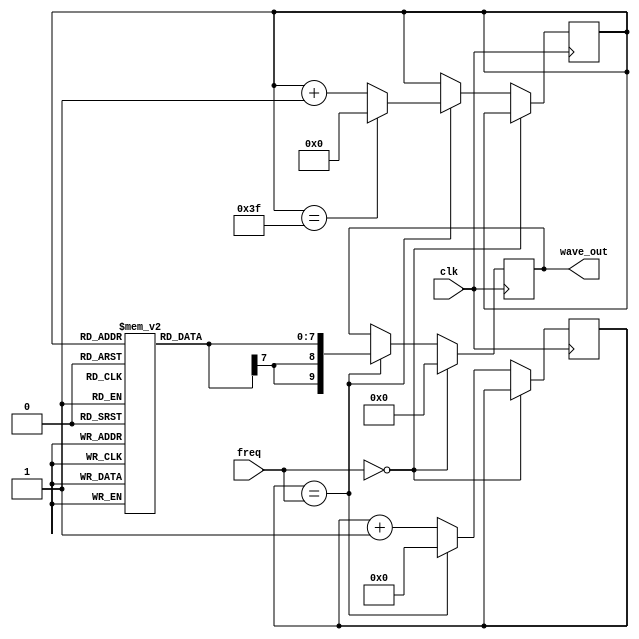
`timescale 1ns / 1ns

module wave_generator(
    input wire clk,
    input wire [15:0] freq,
    output reg signed [9:0] wave_out
);
    reg [5:0] i;
    reg signed [7:0] amplitude [0:63];
    reg [15:0] counter = 0;

    initial begin
        amplitude[0] = 0;
        amplitude[1] = 7;
        amplitude[2] = 13;
        amplitude[3] = 19;
        amplitude[4] = 25;
        amplitude[5] = 30;
        amplitude[6] = 35;
        amplitude[7] = 40;
        amplitude[8] = 45;
        amplitude[9] = 49;
        amplitude[10] = 52;
        amplitude[11] = 55;
        amplitude[12] = 58;
        amplitude[13] = 60;
        amplitude[14] = 62;
        amplitude[15] = 63;
        amplitude[16] = 63;
        amplitude[17] = 63;
        amplitude[18] = 62;
        amplitude[19] = 60;
        amplitude[20] = 58;
        amplitude[21] = 55;
        amplitude[22] = 52;
        amplitude[23] = 49;
        amplitude[24] = 45;
        amplitude[25] = 40;
        amplitude[26] = 35;
        amplitude[27] = 30;
        amplitude[28] = 25;
        amplitude[29] = 19;
        amplitude[30] = 13;
        amplitude[31] = 7;
        amplitude[32] = 0;
        amplitude[33] = -7;
        amplitude[34] = -13;
        amplitude[35] = -19;
        amplitude[36] = -25;
        amplitude[37] = -30;
        amplitude[38] = -35;
        amplitude[39] = -40;
        amplitude[40] = -45;
        amplitude[41] = -49;
        amplitude[42] = -52;
        amplitude[43] = -55;
        amplitude[44] = -58;
        amplitude[45] = -60;
        amplitude[46] = -62;
        amplitude[47] = -63;
        amplitude[48] = -63;
        amplitude[49] = -63;
        amplitude[50] = -62;
        amplitude[51] = -60;
        amplitude[52] = -58;
        amplitude[53] = -55;
        amplitude[54] = -52;
        amplitude[55] = -49;
        amplitude[56] = -45;
        amplitude[57] = -40;
        amplitude[58] = -35;
        amplitude[59] = -30;
        amplitude[60] = -25;
        amplitude[61] = -19;
        amplitude[62] = -13;
        amplitude[63] = -7;
    end

    always @ (posedge clk) begin
      if (freq == 0) wave_out <= 0;
      else
      if (counter == freq) begin
        counter <= 0;
        wave_out <= $signed(amplitude[i]);
        i <= i + 1;
        if (i == 63) i <= 0; else i <= i + 1;
      end else counter <= counter + 1;
    end
endmodule

module audio_output(
  input wire clk,
  output reg out
);
    wire signed [9:0] ch[0:4];
    wire signed [11:0] wave_sum;
    wire [11:0] positive_wave_sum;
    wire [15:0] freq_count [0:4];
    reg [9:0] PWM;
    reg [31:0] music_data [0:79];
    reg [31:0] music_data2 [0:79];
    reg [31:0] music_data3 [0:180];
    reg [31:0] play_counter;
    reg [15:0] note_counter = 0;
    reg [15:0] note_counter1 = 0;
    reg [31:0] note_data[0:1];
    reg [31:0] note_data2;
    wave_generator ch0(clk, freq_count[0], ch[0]);
    wave_generator ch1(clk, freq_count[1], ch[1]);
    wave_generator ch2(clk, freq_count[2], ch[2]);
    assign freq_count[0] = note_data[0][31:16];
    assign freq_count[1] = note_data[1][31:16];
    assign freq_count[2] = note_data2[31:16];
    assign wave_sum = ch[2] + ch[1] + ch[0];
    assign positive_wave_sum = wave_sum * 2 + 512;
    initial begin
    music_data[0] = 32'h0000010a;
    music_data[1] = 32'h1284010a;
    music_data[2] = 32'h1754010a;
    music_data[3] = 32'h18b7010a;
    music_data[4] = 32'h0ddf010a;
    music_data[5] = 32'h0d17010a;
    music_data[6] = 32'h14c80085;
    music_data[7] = 32'h0c5b0085;
    music_data[8] = 32'h14c80085;
    music_data[9] = 32'h00000085;
    music_data[10] = 32'h0c5b0085;
    music_data[11] = 32'h00000085;
    music_data[12] = 32'h0c5b0215;
    music_data[13] = 32'h0000010a;
    music_data[14] = 32'h0f91026e;
    music_data[15] = 32'h000000b1;
    music_data[16] = 32'h107f026e;
    music_data[17] = 32'h000000b1;
    music_data[18] = 32'h0f91026e;
    music_data[19] = 32'h00000137;
    music_data[20] = 32'h00000085;
    music_data[21] = 32'h00000085;
    music_data[22] = 32'h00000085;
    music_data[23] = 32'h00000085;
    music_data[24] = 32'h00000085;
    music_data[25] = 32'h0f91026e;
    music_data[26] = 32'h000000b1;
    music_data[27] = 32'h107f0215;
    music_data[28] = 32'h08bd010a;
    music_data[29] = 32'h0f91026e;
    music_data[30] = 32'h0000034c;
    music_data[31] = 32'h00000085;
    music_data[32] = 32'h117a026e;
    music_data[33] = 32'h000000b1;
    music_data[34] = 32'h0b02026e;
    music_data[35] = 32'h000000b1;
    music_data[36] = 32'h117a026e;
    music_data[37] = 32'h00000137;
    music_data[38] = 32'h00000085;
    music_data[39] = 32'h00000085;
    music_data[40] = 32'h00000085;
    music_data[41] = 32'h00000085;
    music_data[42] = 32'h00000085;
    music_data[43] = 32'h0a64026e;
    music_data[44] = 32'h000000b1;
    music_data[45] = 32'h0f910215;
    music_data[46] = 32'h0ddf010a;
    music_data[47] = 32'h0f91026e;
    music_data[48] = 32'h0000034c;
    music_data[49] = 32'h00000085;
    music_data[50] = 32'h0942026e;
    music_data[51] = 32'h000000b1;
    music_data[52] = 32'h07c8026e;
    music_data[53] = 32'h000000b1;
    music_data[54] = 32'h07c8026e;
    music_data[55] = 32'h000000b1;
    music_data[56] = 32'h0000010a;
    music_data[57] = 32'h00000085;
    music_data[58] = 32'h0000010a;
    music_data[59] = 32'h00000085;
    music_data[60] = 32'h08bd026e;
    music_data[61] = 32'h000000b1;
    music_data[62] = 32'h08bd026e;
    music_data[63] = 32'h000000b1;
    music_data[64] = 32'h0baa026e;
    music_data[65] = 32'h000000b1;
    music_data[66] = 32'h0000010a;
    music_data[67] = 32'h00000085;
    music_data[68] = 32'h0000010a;
    music_data[69] = 32'h00000085;
    music_data[70] = 32'h0942026e;
    music_data[71] = 32'h000000b1;
    music_data[72] = 32'h117a010a;
    music_data[73] = 32'h0c5b010a;
    music_data[74] = 32'h0c5b010a;
    music_data[75] = 32'h09420085;
    music_data[76] = 32'h0c5b0085;
    music_data[77] = 32'h0942018f;
    music_data[78] = 32'h117a0085;
    music_data[79] = 32'h1284031f;
    music_data2[0] = 32'h14c8010a;
    music_data2[1] = 32'h1605010a;
    music_data2[2] = 32'h107f010a;
    music_data2[3] = 32'h0f91010a;
    music_data2[4] = 32'h1754010a;
    music_data2[5] = 32'h1605010a;
    music_data2[6] = 32'h0c5b0085;
    music_data2[7] = 32'h14c80085;
    music_data2[8] = 32'h0c5b0085;
    music_data2[9] = 32'h00000085;
    music_data2[10] = 32'h12840085;
    music_data2[11] = 32'h00000085;
    music_data2[12] = 32'h117a0215;
    music_data2[13] = 32'h0f91010a;
    music_data2[14] = 32'h0942026e;
    music_data2[15] = 32'h000000b1;
    music_data2[16] = 32'h09cf026e;
    music_data2[17] = 32'h000000b1;
    music_data2[18] = 32'h0942026e;
    music_data2[19] = 32'h00000137;
    music_data2[20] = 32'h0f910085;
    music_data2[21] = 32'h0ddf0085;
    music_data2[22] = 32'h0c5b0085;
    music_data2[23] = 32'h0baa0085;
    music_data2[24] = 32'h0a640085;
    music_data2[25] = 32'h0942026e;
    music_data2[26] = 32'h000000b1;
    music_data2[27] = 32'h09cf0215;
    music_data2[28] = 32'h0ddf010a;
    music_data2[29] = 32'h0942026e;
    music_data2[30] = 32'h0000034c;
    music_data2[31] = 32'h0f910085;
    music_data2[32] = 32'h0a64026e;
    music_data2[33] = 32'h000000b1;
    music_data2[34] = 32'h1284026e;
    music_data2[35] = 32'h000000b1;
    music_data2[36] = 32'h0a64026e;
    music_data2[37] = 32'h00000137;
    music_data2[38] = 32'h0f910085;
    music_data2[39] = 32'h0ddf0085;
    music_data2[40] = 32'h0c5b0085;
    music_data2[41] = 32'h0baa0085;
    music_data2[42] = 32'h0b020085;
    music_data2[43] = 32'h117a026e;
    music_data2[44] = 32'h000000b1;
    music_data2[45] = 32'h18b70215;
    music_data2[46] = 32'h08bd010a;
    music_data2[47] = 32'h0942026e;
    music_data2[48] = 32'h0000034c;
    music_data2[49] = 32'h0f910085;
    music_data2[50] = 32'h07c8026e;
    music_data2[51] = 32'h000000b1;
    music_data2[52] = 32'h0a64026e;
    music_data2[53] = 32'h000000b1;
    music_data2[54] = 32'h0b02026e;
    music_data2[55] = 32'h000000b1;
    music_data2[56] = 32'h07c8010a;
    music_data2[57] = 32'h06ef0085;
    music_data2[58] = 32'h0000010a;
    music_data2[59] = 32'h07c80085;
    music_data2[60] = 32'h0a64026e;
    music_data2[61] = 32'h000000b1;
    music_data2[62] = 32'h0b02026e;
    music_data2[63] = 32'h000000b1;
    music_data2[64] = 32'h08bd026e;
    music_data2[65] = 32'h000000b1;
    music_data2[66] = 32'h08bd010a;
    music_data2[67] = 32'h07c80085;
    music_data2[68] = 32'h0000010a;
    music_data2[69] = 32'h08bd0085;
    music_data2[70] = 32'h1754026e;
    music_data2[71] = 32'h000000b1;
    music_data2[72] = 32'h0ddf010a;
    music_data2[73] = 32'h0f91010a;
    music_data2[74] = 32'h08bd010a;
    music_data2[75] = 32'h0c5b0085;
    music_data2[76] = 32'h09420085;
    music_data2[77] = 32'h0c5b018f;
    music_data2[78] = 32'h0c5b0085;
    music_data2[79] = 32'h0baa031f;
    music_data3[0] = 32'h00000855;
    music_data3[1] = 32'h1f230085;
    music_data3[2] = 32'h00000085;
    music_data3[3] = 32'h1f23031f;
    music_data3[4] = 32'h2ea80085;
    music_data3[5] = 32'h00000085;
    music_data3[6] = 32'h1f230085;
    music_data3[7] = 32'h00000085;
    music_data3[8] = 32'h17540085;
    music_data3[9] = 32'h00000085;
    music_data3[10] = 32'h316e0085;
    music_data3[11] = 32'h00000085;
    music_data3[12] = 32'h1f230085;
    music_data3[13] = 32'h00000085;
    music_data3[14] = 32'h18b70085;
    music_data3[15] = 32'h00000085;
    music_data3[16] = 32'h2ea80085;
    music_data3[17] = 32'h00000085;
    music_data3[18] = 32'h1f230085;
    music_data3[19] = 32'h00000085;
    music_data3[20] = 32'h17540085;
    music_data3[21] = 32'h00000085;
    music_data3[22] = 32'h25080085;
    music_data3[23] = 32'h00000085;
    music_data3[24] = 32'h1f230085;
    music_data3[25] = 32'h00000085;
    music_data3[26] = 32'h17540085;
    music_data3[27] = 32'h00000085;
    music_data3[28] = 32'h2ea80085;
    music_data3[29] = 32'h00000085;
    music_data3[30] = 32'h1f230085;
    music_data3[31] = 32'h00000085;
    music_data3[32] = 32'h17540085;
    music_data3[33] = 32'h00000085;
    music_data3[34] = 32'h316e0085;
    music_data3[35] = 32'h00000085;
    music_data3[36] = 32'h1f230085;
    music_data3[37] = 32'h00000085;
    music_data3[38] = 32'h18b70085;
    music_data3[39] = 32'h00000085;
    music_data3[40] = 32'h2ea80085;
    music_data3[41] = 32'h00000085;
    music_data3[42] = 32'h1f230085;
    music_data3[43] = 32'h00000085;
    music_data3[44] = 32'h17540085;
    music_data3[45] = 32'h00000085;
    music_data3[46] = 32'h25080085;
    music_data3[47] = 32'h00000085;
    music_data3[48] = 32'h1f230085;
    music_data3[49] = 32'h00000085;
    music_data3[50] = 32'h17540085;
    music_data3[51] = 32'h00000085;
    music_data3[52] = 32'h29910085;
    music_data3[53] = 32'h00000085;
    music_data3[54] = 32'h1f230085;
    music_data3[55] = 32'h00000085;
    music_data3[56] = 32'h18b70085;
    music_data3[57] = 32'h00000085;
    music_data3[58] = 32'h2c0a0085;
    music_data3[59] = 32'h00000085;
    music_data3[60] = 32'h20fe0085;
    music_data3[61] = 32'h00000085;
    music_data3[62] = 32'h1a2f0085;
    music_data3[63] = 32'h00000085;
    music_data3[64] = 32'h29910085;
    music_data3[65] = 32'h00000085;
    music_data3[66] = 32'h1f230085;
    music_data3[67] = 32'h00000085;
    music_data3[68] = 32'h18b70085;
    music_data3[69] = 32'h00000085;
    music_data3[70] = 32'h316e0085;
    music_data3[71] = 32'h00000085;
    music_data3[72] = 32'h1f230085;
    music_data3[73] = 32'h00000085;
    music_data3[74] = 32'h18b70085;
    music_data3[75] = 32'h00000085;
    music_data3[76] = 32'h29910085;
    music_data3[77] = 32'h00000085;
    music_data3[78] = 32'h1f230085;
    music_data3[79] = 32'h00000085;
    music_data3[80] = 32'h18b70085;
    music_data3[81] = 32'h00000085;
    music_data3[82] = 32'h316e0085;
    music_data3[83] = 32'h00000085;
    music_data3[84] = 32'h1f230085;
    music_data3[85] = 32'h00000085;
    music_data3[86] = 32'h18b70085;
    music_data3[87] = 32'h00000085;
    music_data3[88] = 32'h2ea80085;
    music_data3[89] = 32'h00000085;
    music_data3[90] = 32'h1f230085;
    music_data3[91] = 32'h00000085;
    music_data3[92] = 32'h17540085;
    music_data3[93] = 32'h00000085;
    music_data3[94] = 32'h3e470085;
    music_data3[95] = 32'h00000085;
    music_data3[96] = 32'h1f230085;
    music_data3[97] = 32'h00000085;
    music_data3[98] = 32'h17540085;
    music_data3[99] = 32'h00000085;
    music_data3[100] = 32'h2ea80085;
    music_data3[101] = 32'h00000085;
    music_data3[102] = 32'h1f230085;
    music_data3[103] = 32'h00000085;
    music_data3[104] = 32'h12840085;
    music_data3[105] = 32'h00000085;
    music_data3[106] = 32'h316e0085;
    music_data3[107] = 32'h00000085;
    music_data3[108] = 32'h1f230085;
    music_data3[109] = 32'h00000085;
    music_data3[110] = 32'h14c80085;
    music_data3[111] = 32'h00000085;
    music_data3[112] = 32'h345f0085;
    music_data3[113] = 32'h00000085;
    music_data3[114] = 32'h1f230085;
    music_data3[115] = 32'h00000085;
    music_data3[116] = 32'h16050085;
    music_data3[117] = 32'h00000085;
    music_data3[118] = 32'h2c0a0085;
    music_data3[119] = 32'h00000085;
    music_data3[120] = 32'h1f230085;
    music_data3[121] = 32'h00000085;
    music_data3[122] = 32'h12840085;
    music_data3[123] = 32'h00000085;
    music_data3[124] = 32'h29910085;
    music_data3[125] = 32'h00000085;
    music_data3[126] = 32'h1bbe0085;
    music_data3[127] = 32'h00000085;
    music_data3[128] = 32'h117a0085;
    music_data3[129] = 32'h00000085;
    music_data3[130] = 32'h2c0a0085;
    music_data3[131] = 32'h00000085;
    music_data3[132] = 32'h1bbe0085;
    music_data3[133] = 32'h00000085;
    music_data3[134] = 32'h117a0085;
    music_data3[135] = 32'h00000085;
    music_data3[136] = 32'h2ea80085;
    music_data3[137] = 32'h00000085;
    music_data3[138] = 32'h1bbe0085;
    music_data3[139] = 32'h00000085;
    music_data3[140] = 32'h117a0085;
    music_data3[141] = 32'h00000085;
    music_data3[142] = 32'h316e0085;
    music_data3[143] = 32'h00000085;
    music_data3[144] = 32'h1f230085;
    music_data3[145] = 32'h00000085;
    music_data3[146] = 32'h117a0085;
    music_data3[147] = 32'h00000085;
    music_data3[148] = 32'h2ea80085;
    music_data3[149] = 32'h00000085;
    music_data3[150] = 32'h1f230085;
    music_data3[151] = 32'h00000085;
    music_data3[152] = 32'h12840085;
    music_data3[153] = 32'h00000085;
    music_data3[154] = 32'h3e470085;
    music_data3[155] = 32'h00000085;
    music_data3[156] = 32'h1f230085;
    music_data3[157] = 32'h00000085;
    music_data3[158] = 32'h1f230085;
    music_data3[159] = 32'h00000085;
    music_data3[160] = 32'h22f40085;
    music_data3[161] = 32'h22f40085;
    music_data3[162] = 32'h22f4018f;
    music_data3[163] = 32'h316e0085;
    music_data3[164] = 32'h2ea8031f;

    end
        parameter NOTES = 80;
        parameter BASS = 9'd165;
        parameter PLAY_DELAY = 100_000 - 1;
    always @ (posedge clk) begin
         if (play_counter == PLAY_DELAY) begin
           play_counter <= 0; 
           if (note_data2[15:0] == 0) begin
                   if (note_counter1 == BASS | note_counter1 == 0) begin note_counter1 <= 1; 
                      note_data2 <= music_data3[0]; 
                      note_counter <= 1;  note_data[0] <= music_data[0];  note_data[1] <= music_data2[0];
                      end
                   else begin note_counter1 <= note_counter1 + 1;
                      note_data2 <= music_data3[note_counter1]; 
                      end
                   end else note_data2[15:0] <= note_data2[15:0] - 1; 
           if (note_data[0][15:0] == 0) begin
               if (note_counter == 0) begin note_counter <= 1;  note_data[0] <= music_data[0];  note_data[1] <= music_data2[0];end
               else if (note_counter < NOTES) begin note_counter <= note_counter + 1; note_data[0] <= music_data[note_counter];  note_data[1] <= music_data2[note_counter]; end
           end else note_data[0][15:0] <= note_data[0][15:0] - 1;
           
         end else play_counter <= play_counter + 1; 
        if (PWM < $unsigned(positive_wave_sum)) out <= 1;
        else out <= 0;
        PWM <= PWM + 1;
    end
endmodule
/*
    set_property PACKAGE_PIN N1 [get_ports {output}]                
    set_property IOSTANDARD LVCMOS33 [get_ports {output}]
*/